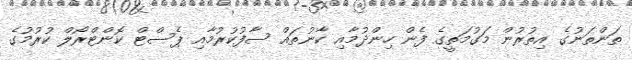
ތަންތަނުގެ އިތުރުން މަގުމަތީގެ ފެން ހިންދުމާއި ކާނުތައް ސާފުކުރުމާއި ޕެސްޓް ކޮންޓްރޯލް ކުރުމުގެ